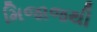
મિજાજથી